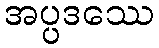
အပ္ပဒဿေ